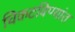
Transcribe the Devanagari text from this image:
चिकटविण्यांत